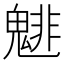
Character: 𲌬